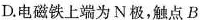
D.电磁铁上端为N极，触点B